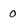
Character: 0